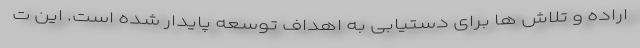
اراده و تلاش ها برای دستیابی به اهداف توسعه پایدار شده است. این ت